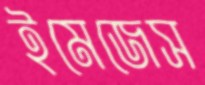
ইমেজেস